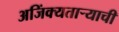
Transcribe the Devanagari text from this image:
अजिंक्‍यतार्‍याची